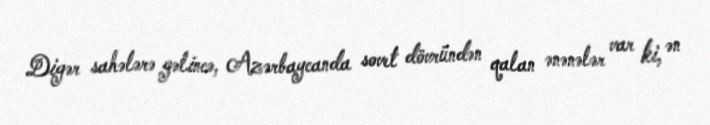
Digər sahələrə gəlincə, Azərbaycanda sovet dövründən qalan ənənələr var ki, ən